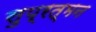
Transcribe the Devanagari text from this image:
सुप्रत्मन